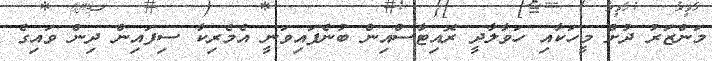
މަންޒަރު ދުށް މީހަކާއި ހަވާލާދީ ރޮއިޓާސްއިން ބުނެފައިވަނީ އެމެރިކާ ސިފައިން ދިން ވައިގެ